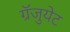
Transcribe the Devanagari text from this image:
ग्रॅजुयेट